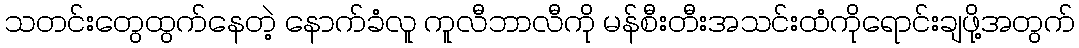
သတင်းတွေထွက်နေတဲ့ နောက်ခံလူ ကူလီဘာလီကို မန်စီးတီးအသင်းထံကိုရောင်းချဖို့အတွက်